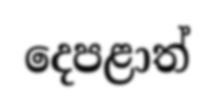
දෙපළාත්